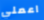
اعملي